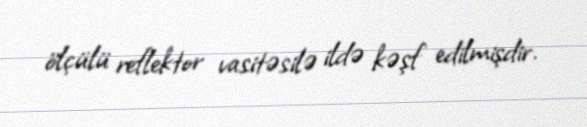
ölçülü reflektor vasitəsilə ildə kəşf edilmişdir.